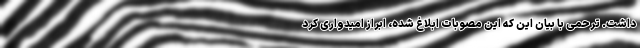
داشت. ترحمی با بیان این که این مصوبات ابلاغ شده، ابراز امیدواری کرد